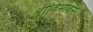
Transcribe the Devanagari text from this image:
श्रीविभावनः।